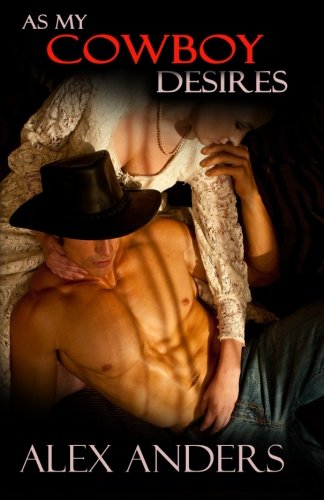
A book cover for As My Cowboy Desires: (Alpha Male, Cowboy, Domination, Submission, Erotic Romance) (The 7 Men you Meet Before Your True Love) (Volume 5); Alex Anders; Romance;